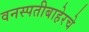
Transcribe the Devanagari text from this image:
वनस्पतीबाहेरचे